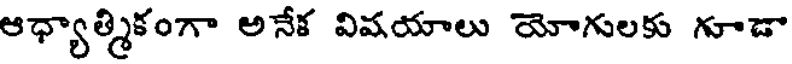
ఆధ్యాత్మికంగా అనేక విషయాలు యోగులకు గూడా